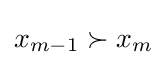
x_{m-1}\succ x_{m}